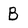
Character: B